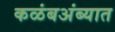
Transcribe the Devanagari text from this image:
कळंबअंब्यात